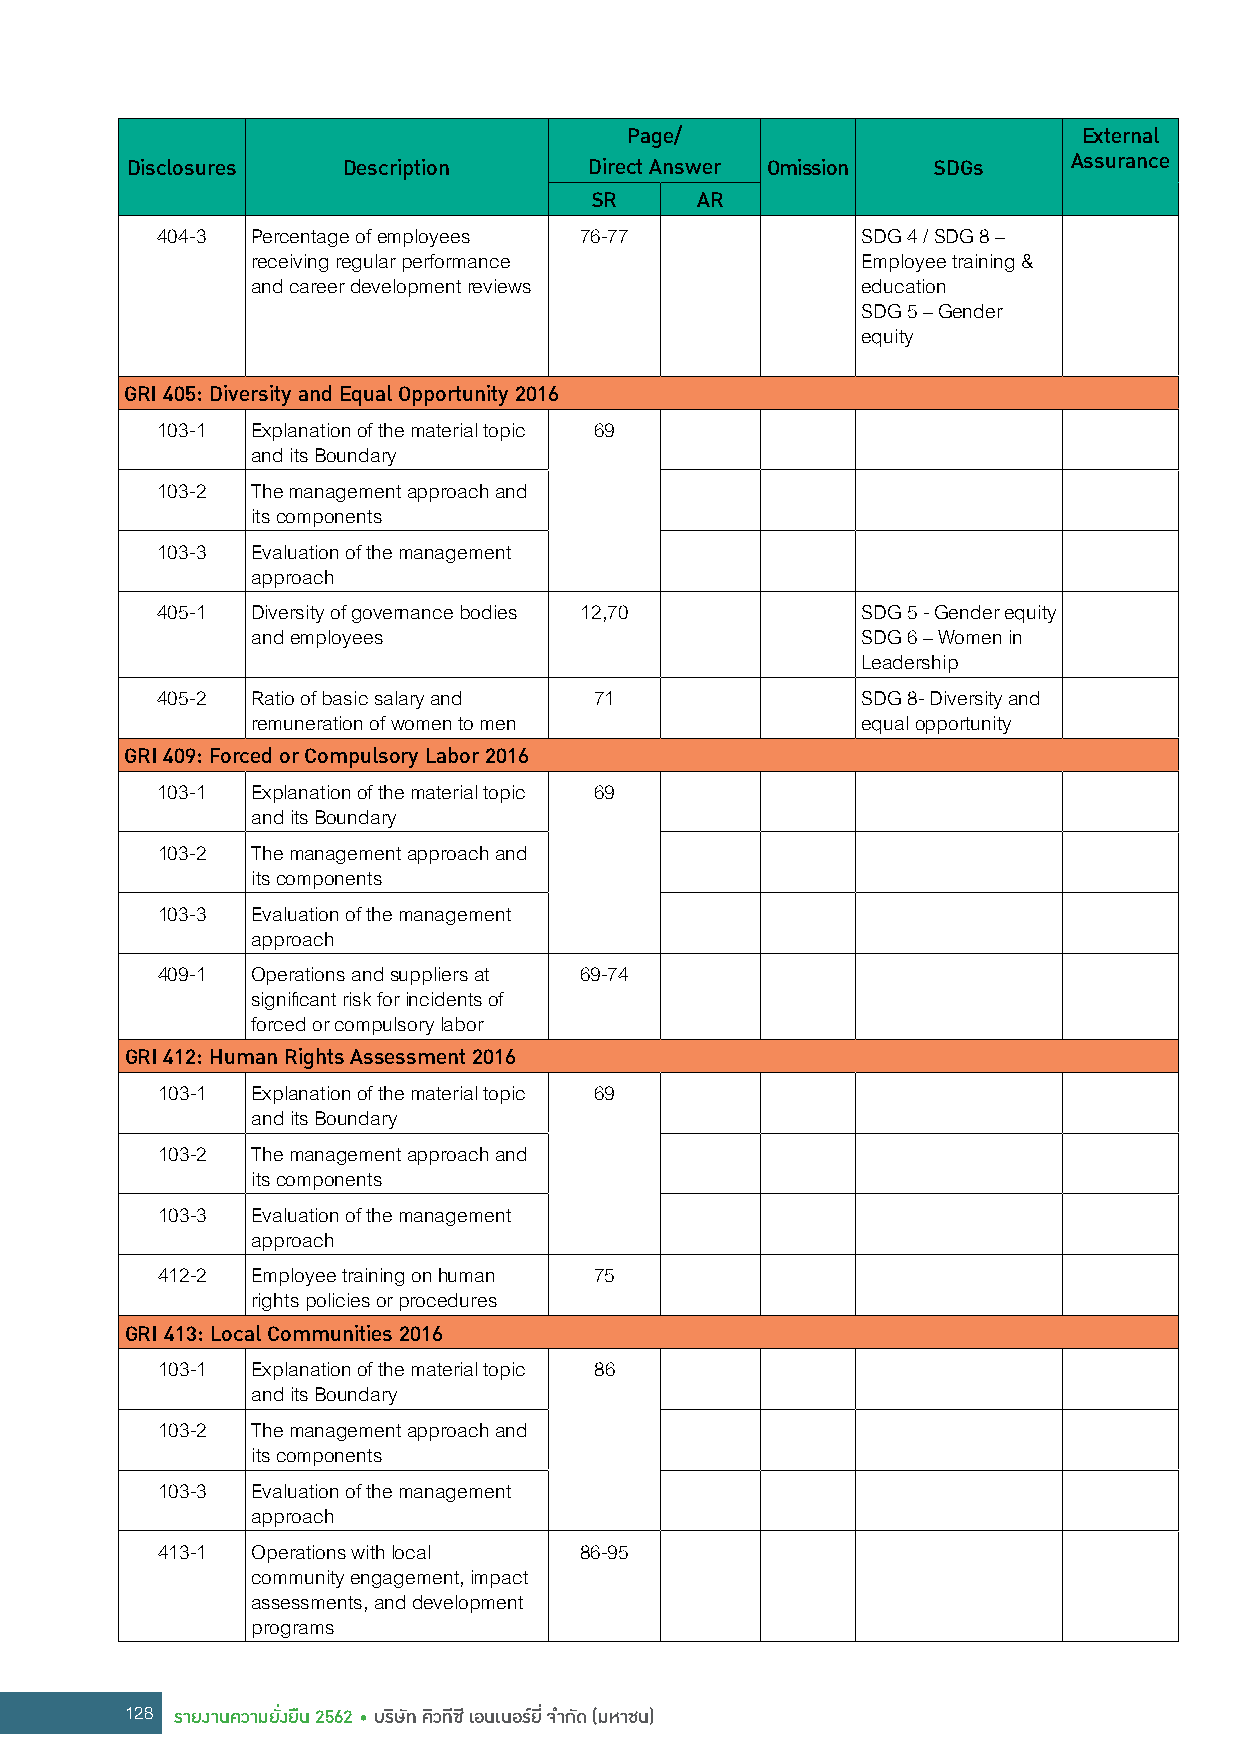
Page/                          External
 Disclosures    Description     Direct Answer Omission SDGs     Assurance
 SR     AR
 404-3  Percentage of employees 76-77           SDG 4 / SDG 8 –
 receiving regular performance           Employee training &
 and career development reviews          education
 SDG 5 – Gender
 equity
 GRI 405: Diversity and Equal Opportunity 2016
 103-1  Explanation of the material topic 69
 and its Boundary
 103-2  The management approach and
 its components
 103-3  Evaluation of the management
 approach
 405-1  Diversity of governance bodies 12,70    SDG 5 - Gender equity
 and employees                           SDG 6 – Women in
 Leadership
 405-2  Ratio of basic salary and 71            SDG 8- Diversity and
 remuneration of women to men            equal opportunity
 GRI 409: Forced or Compulsory Labor 2016
 103-1  Explanation of the material topic 69
 and its Boundary
 103-2  The management approach and
 its components
 103-3  Evaluation of the management
 approach
 409-1  Operations and suppliers at 69-74
 significant risk for incidents of
 forced or compulsory labor
 GRI 412: Human Rights Assessment 2016
 103-1  Explanation of the material topic 69
 and its Boundary
 103-2  The management approach and
 its components
 103-3  Evaluation of the management
 approach
 412-2  Employee training on human 75
 rights policies or procedures
 GRI 413: Local Communities 2016
 103-1  Explanation of the material topic 86
 and its Boundary
 103-2  The management approach and
 its components
 103-3  Evaluation of the management
 approach
 413-1  Operations with local 86-95
 community engagement, impact
 assessments, and development
 programs
 128 รายงานความยั่งยืน 2562 • บริษัท คิวทีซี เอนเนอร์ยี่ จ�ากัด (มหาชน)